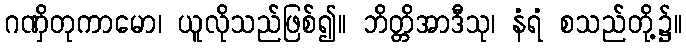
ဂဏှိတုကာမော၊ ယူလိုသည်ဖြစ်၍။ ဘိတ္တိအာဒီသု၊ နံရံ စသည်တို့၌။